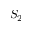
S _ { 2 }